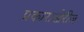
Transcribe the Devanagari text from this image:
प्रकाराखेरीज